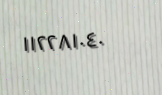
١١٢٢٨١٠٤٠